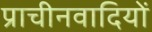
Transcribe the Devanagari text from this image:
प्राचीनवादियों